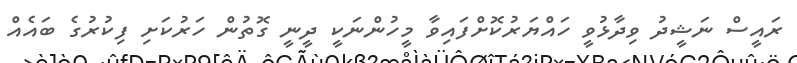
ރައީސް ނަޝީދު ވިދާޅުވީ ހައްޔަރުކޮށްފައިވާ މީހުންނަކީ ދީނީ ގޮތުން ހަރުކަށި ފިކުރުގެ ބައެއް